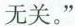
无关。”